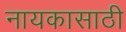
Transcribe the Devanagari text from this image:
नायकासाठी